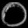
Digit: ၀